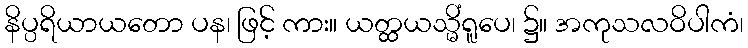
နိပ္ပရိယာယတော ပန၊ ဖြင့် ကား။ ယတ္ထယသ္မိံရူပေ၊ ၌။ အကုသလဝိပါကံ၊